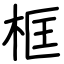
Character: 框